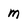
Character: m